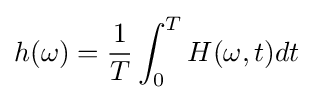
h(\omega )={\frac {1}{T}}\int _{0}^{T}H(\omega ,t)dt